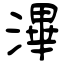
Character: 滭